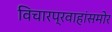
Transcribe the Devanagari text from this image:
विचारप्रवाहांसमोर